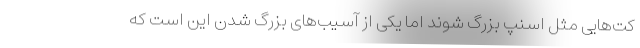
کت‌هایی مثل اسنپ بزرگ شوند اما یکی از آسیب‌های بزرگ شدن این است که